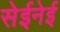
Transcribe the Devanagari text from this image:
सेईनेई